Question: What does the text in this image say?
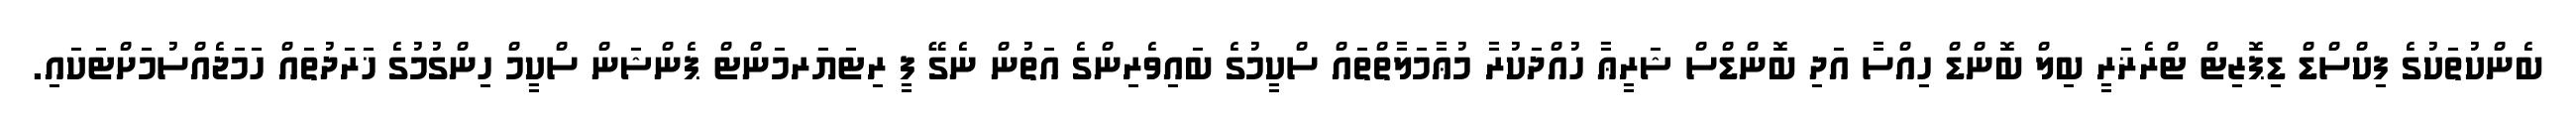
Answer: ބެންކުތަކުގެ ފިކްސްޑް ޑިޕޮޒިޓް ޓްރެޜަރީ ބިލް ބޮންޑް ހިއްސާ އަދި ބޮންޑްސް ޝަރީޢާ ހުއްދަކުރާ މުޢާމަލާތްތައް ސްކީމުގެ ބައިވެރިންގެ އަތުން ނެގޭ ފީ ރިޓަޔަރމަންޓް ޕެންޝަން ސްކީމް ހިންގުމުގެ ޚަރަދުތައް ހަމަޖެއްސުމަށްޓަކައި.